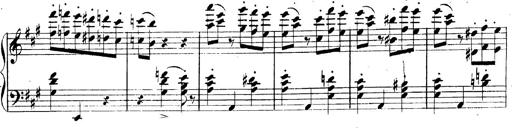
Title: 3 Caprices-Valses
Composer: Franz Liszt